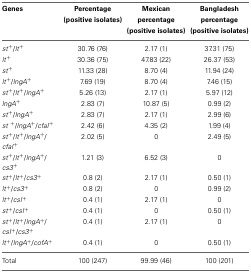
<table><thead><tr><td><b>Genes</b></td><td><b>Percentage (positive isolates)</b></td><td><b>Mexican percentage (positive isolates)</b></td><td><b>Bangladesh percentage (positive isolates)</b></td></tr></thead><tbody><tr><td><i>st</i><sup>+</sup>/<i>lt</i><sup>+</sup></td><td>30.76 (76)</td><td>2.17 (1)</td><td>37.31 (75)</td></tr><tr><td><i>lt</i><sup>+</sup></td><td>30.36 (75)</td><td>47.83 (22)</td><td>26.37 (53)</td></tr><tr><td><i>st</i><sup>+</sup></td><td>11.33 (28)</td><td>8.70 (4)</td><td>11.94 (24)</td></tr><tr><td><i>lt</i><sup>+</sup>/<i>lngA</i><sup>+</sup></td><td>7.69 (19)</td><td>8.70 (4)</td><td>7.46 (15)</td></tr><tr><td><i>st</i><sup>+</sup>/<i>lt</i><sup>+</sup>/<i>lngA</i><sup>+</sup></td><td>5.26 (13)</td><td>2.17 (1)</td><td>5.97 (12)</td></tr><tr><td><i>lngA</i><sup>+</sup></td><td>2.83 (7)</td><td>10.87 (5)</td><td>0.99 (2)</td></tr><tr><td><i>st</i><sup>+</sup>/<i>lngA</i><sup>+</sup></td><td>2.83 (7)</td><td>2.17 (1)</td><td>2.99 (6)</td></tr><tr><td><i>st</i><sup>+</sup>/<i>lngA</i><sup>+</sup>/<i>cfaI</i><sup>+</sup></td><td>2.42 (6)</td><td>4.35 (2)</td><td>1.99 (4)</td></tr><tr><td><i>st</i><sup>+</sup>/<i>lt</i><sup>+</sup>/<i>lngA</i><sup>+</sup>/<i>cfaI</i><sup>+</sup></td><td>2.02 (5)</td><td>0</td><td>2.49 (5)</td></tr><tr><td><i>st</i><sup>+</sup>/<i>lt</i><sup>+</sup>/<i>lngA</i><sup>+</sup>/<i>cs3</i><sup>+</sup></td><td>1.21 (3)</td><td>6.52 (3)</td><td>0</td></tr><tr><td><i>st</i><sup>+</sup>/<i>lt</i><sup>+</sup>/<i>cs3</i><sup>+</sup></td><td>0.8 (2)</td><td>2.17 (1)</td><td>0.50 (1)</td></tr><tr><td><i>lt</i><sup>+</sup>/<i>cs3</i><sup>+</sup></td><td>0.8 (2)</td><td>0</td><td>0.99 (2)</td></tr><tr><td><i>lt</i><sup>+</sup>/<i>csI</i><sup>+</sup></td><td>0.4 (1)</td><td>2.17 (1)</td><td>0</td></tr><tr><td><i>st</i><sup>+</sup>/<i>csI</i><sup>+</sup></td><td>0.4 (1)</td><td>0</td><td>0.50 (1)</td></tr><tr><td><i>st</i><sup>+</sup>/<i>lt</i><sup>+</sup>/<i>lngA</i><sup>+</sup>/<i>csI</i><sup>+</sup>/<i>cs3</i><sup>+</sup></td><td>0.4 (1)</td><td>2.17 (1)</td><td>0</td></tr><tr><td><i>lt</i><sup>+</sup>/<i>lngA</i><sup>+</sup>/<i>cofA</i><sup>+</sup></td><td>0.4 (1)</td><td>0</td><td>0.50 (1)</td></tr><tr><td>Total</td><td>100 (247)</td><td>99.99 (46)</td><td>100 (201)</td></tr></tbody></table>